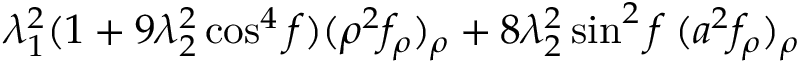
\lambda _ { 1 } ^ { 2 } ( 1 + 9 \lambda _ { 2 } ^ { 2 } \cos ^ { 4 } f ) ( \rho ^ { 2 } f _ { \rho } ) _ { \rho } + 8 \lambda _ { 2 } ^ { 2 } \sin ^ { 2 } f \: ( a ^ { 2 } f _ { \rho } ) _ { \rho }